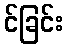
င်ခြင်း